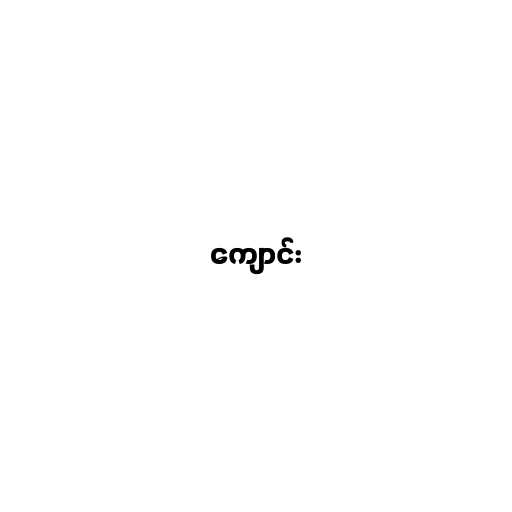
ကျောင်း